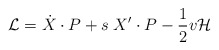
\begin{align*}{\cal L} = \dot X\cdot P + s\; X'\cdot P -{1\over2}v {\cal H}\end{align*}